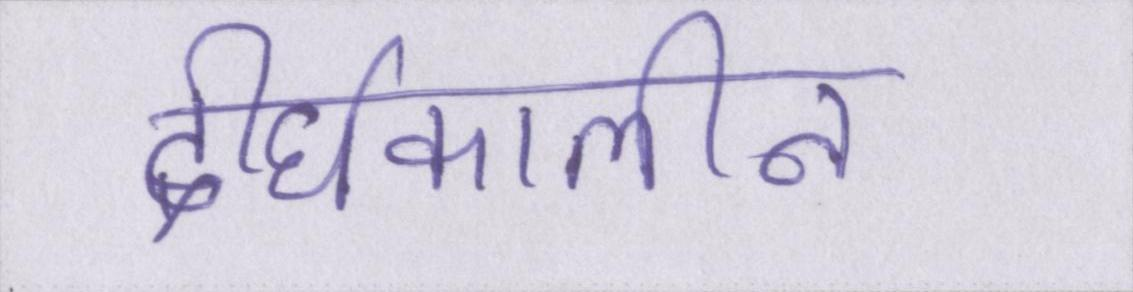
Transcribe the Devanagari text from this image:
दीर्घकालीन